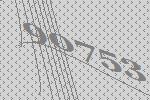
90753